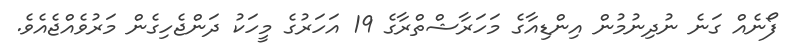
ފޯނެއް ގަނެ ނުދިނުމުން އިންޑިއާގެ މަހަރާޝްތްރާގެ 19 އަހަރުގެ މީހަކު ދަންޖެހިގެން މަރުވެއްޖެއެވެ.